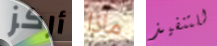
أركز ماذا للتنفيذ